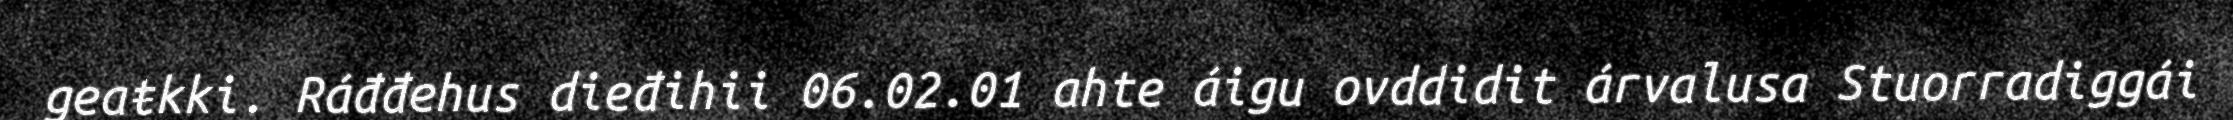
geaŧkki. Ráđđehus dieđihii 06.02.01 ahte áigu ovddidit árvalusa Stuorradiggái